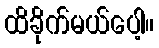
ထိခိုက်မယ်ပေါ့။